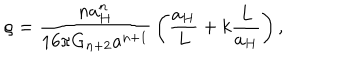
LaTeX: \rho = { \frac { n a _ { H } ^ { n } } { 1 6 \pi G _ { n + 2 } a ^ { n + 1 } } } \left( { \frac { a _ { H } } { L } } + k { \frac { L } { a _ { H } } } \right) ,